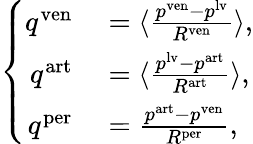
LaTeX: \left\{ \begin{array}{rl}{q^{\mathrm{ven}}}&{{}=\langle\frac{p^{\mathrm{ven}}-p^{\mathrm{lv}}}{R^{\mathrm{ven}}}\rangle,}\\ {q^{\mathrm{art}}}&{{}=\langle\frac{p^{\mathrm{lv}}-p^{\mathrm{art}}}{R^{\mathrm{art}}}\rangle,}\\ {q^{\mathrm{per}}}&{{}=\frac{p^{\mathrm{art}}-p^{\mathrm{ven}}}{R^{\mathrm{per}}},}\end{array}\right.